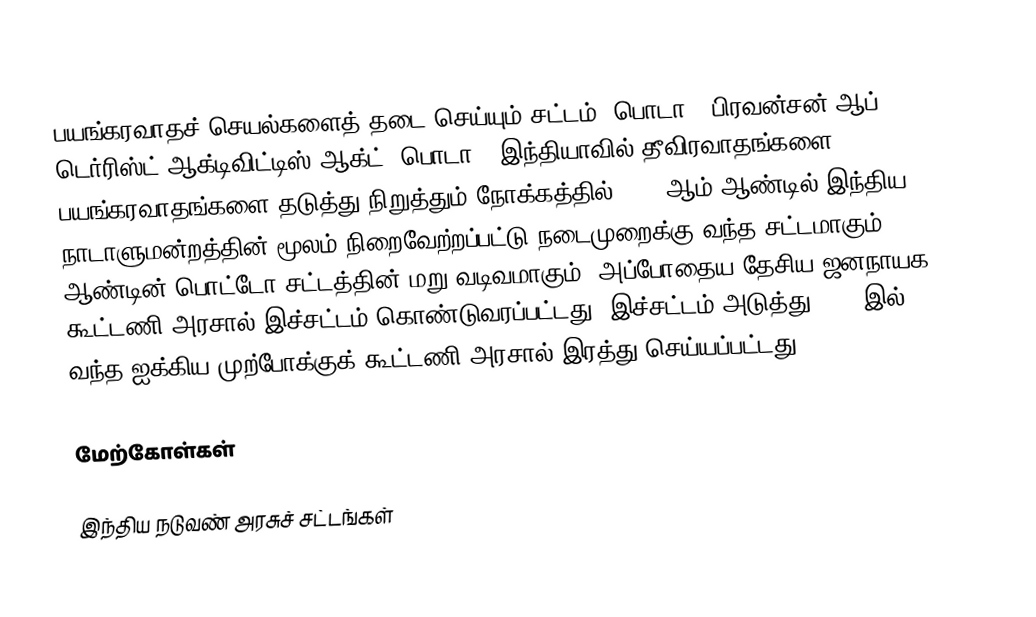
பயங்கரவாதச் செயல்களைத் தடை செய்யும் சட்டம் (பொடா) (பிரவன்சன் ஆப் டெர்ரிஸ்ட் ஆக்டிவிட்டிஸ் ஆக்ட் (பொடா)) இந்தியாவில் தீவிரவாதங்களை, பயங்கரவாதங்களை தடுத்து நிறுத்தும் நோக்கத்தில் 2002 ஆம் ஆண்டில் இந்திய நாடாளுமன்றத்தின் மூலம் நிறைவேற்றப்பட்டு நடைமுறைக்கு வந்த சட்டமாகும். 2001 ஆண்டின் பொட்டோ சட்டத்தின் மறு வடிவமாகும். அப்போதைய தேசிய ஜனநாயக கூட்டணி அரசால் இச்சட்டம் கொண்டுவரப்பட்டது. இச்சட்டம் அடுத்து 2004 இல் வந்த ஐக்கிய முற்போக்குக் கூட்டணி அரசால் இரத்து செய்யப்பட்டது.

மேற்கோள்கள்

இந்திய நடுவண் அரசுச் சட்டங்கள்